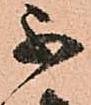
不